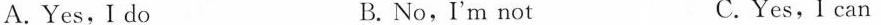
A.Yes,I do B. No,I'm not C.Yes,I can